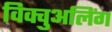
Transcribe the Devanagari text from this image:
विक्चुअलिंग